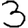
Digit: 3